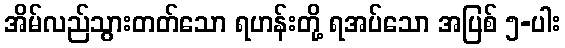
အိမ်လည်သွားတတ်သော ရဟန်းတို့ ရအပ်သော အပြစ် ၅-ပါး